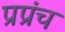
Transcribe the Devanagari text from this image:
प्रप्रंच